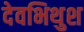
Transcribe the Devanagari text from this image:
देवभिथुश